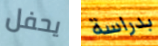
يحفل بدراسة